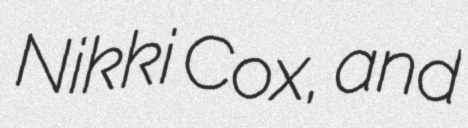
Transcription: Nikki Cox, and